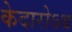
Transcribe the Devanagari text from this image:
केदारोऽथ